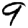
Digit: 9